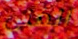
الغنى